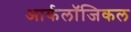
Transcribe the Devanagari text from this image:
आर्कलॉजिकल